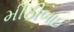
મીઠીબાઈ